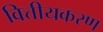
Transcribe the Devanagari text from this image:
वित्तीयकरण